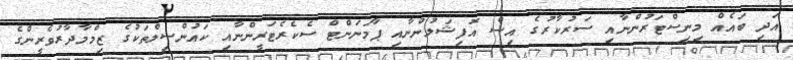
އަދި ބައެއް މިނިސްޓަރުންނާއި ސަރުކާރުގެ އިސް އޮފިޝަލުންނާއި ޕާމަނަންޓް ސެކެރެޓަރީންނާއި ކައުންސިލްތަކުގެ ޒިމްމާދާރުވެރީންގެ